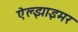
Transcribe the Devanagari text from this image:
ऐल्झाइमर